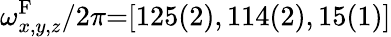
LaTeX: \omega_{x,y,z}^{\mathrm{F}}/2\pi{=}[125(2),114(2),15(1)]